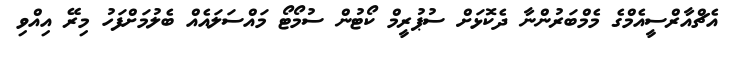
އެޗްއާރްސީއެމްގެ މެމްބަރުންނާ ދެކޮޅަށް ސުޕުރީމް ކޯޓުން ސުމޯޓޯ މައްސަލައެއް ބެލުމަށްފަހު މިރޭ އިއްވި